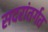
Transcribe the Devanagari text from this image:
सदरांतर्गत